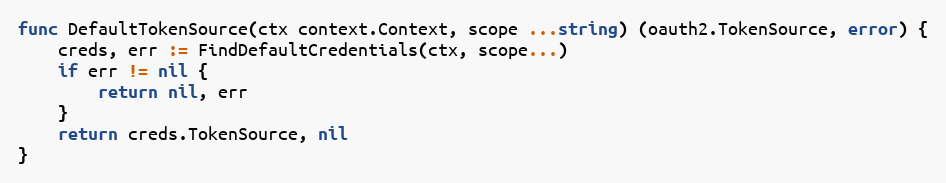
Language: Go
func DefaultTokenSource(ctx context.Context, scope ...string) (oauth2.TokenSource, error) {
	creds, err := FindDefaultCredentials(ctx, scope...)
	if err != nil {
		return nil, err
	}
	return creds.TokenSource, nil
}